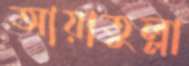
আয়াতুল্লা